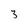
Character: 3